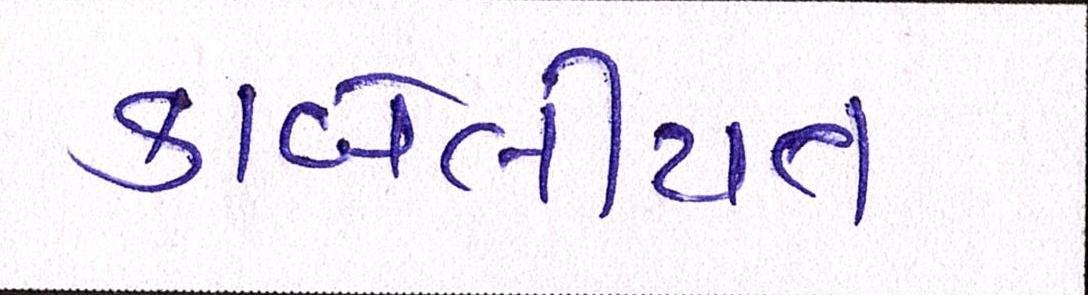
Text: કાબેલીયત